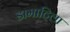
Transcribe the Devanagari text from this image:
डामाटिला